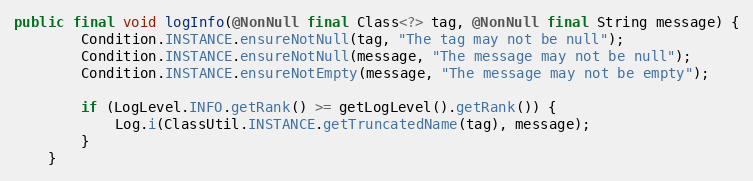
Language: Java
public final void logInfo(@NonNull final Class<?> tag, @NonNull final String message) {
        Condition.INSTANCE.ensureNotNull(tag, "The tag may not be null");
        Condition.INSTANCE.ensureNotNull(message, "The message may not be null");
        Condition.INSTANCE.ensureNotEmpty(message, "The message may not be empty");

        if (LogLevel.INFO.getRank() >= getLogLevel().getRank()) {
            Log.i(ClassUtil.INSTANCE.getTruncatedName(tag), message);
        }
    }